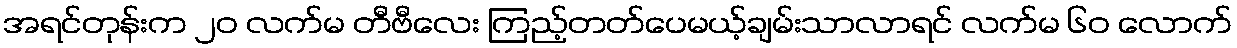
အရင်တုန်းက ၂၀ လက်မ တီဗီလေး ကြည့်တတ်ပေမယ့်ချမ်းသာလာရင် လက်မ ၆၀ လောက်